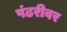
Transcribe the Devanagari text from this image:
पंढरीवर